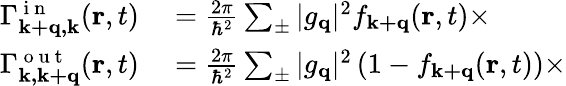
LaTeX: \begin{array}{rl}{\Gamma_{\mathbf{k+q,k}}^{\mathrm{~i~n~}}(\mathbf{r},t)}&{{}=\frac{2\pi}{\hbar^{2}}\sum_{\pm}|g_{\mathbf{q}}|^{2}f_{\mathbf{k+q}}(\mathbf{r},t)\times}\\ {\Gamma_{\mathbf{k,k+q}}^{\mathrm{~o~u~t~}}(\mathbf{r},t)}&{{}=\frac{2\pi}{\hbar^{2}}\sum_{\pm}|g_{\mathbf{q}}|^{2}\left(1-f_{\mathbf{k+q}}(\mathbf{r},t)\right)\times}\end{array}